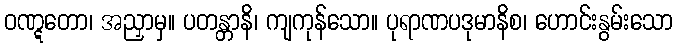
ဝဏ္ဋတော၊ အညှာမှ။ ပတန္တာနိ၊ ကျကုန်သော။ ပုရာဏပဒုမာနိစ၊ ဟောင်းနွမ်းသော